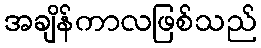
အချိန်ကာလဖြစ်သည်